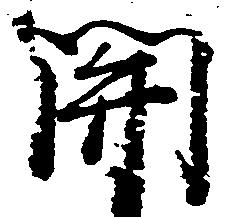
関